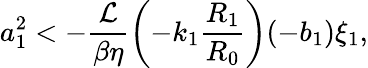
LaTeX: a_{1}^{2}<-\frac{\mathcal{L}}{\beta\eta}\left(-k_{1}\frac{R_{1}}{R_{0}}\right)(-b_{1})\xi_{1},